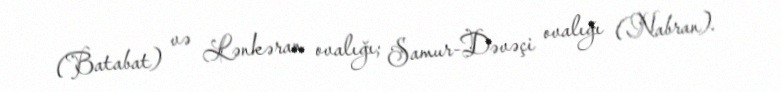
(Batabat) və Lənkəran ovalığı; Samur-Dəvəçi ovalığı (Nabran).